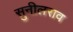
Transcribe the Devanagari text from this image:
सुनीलराव